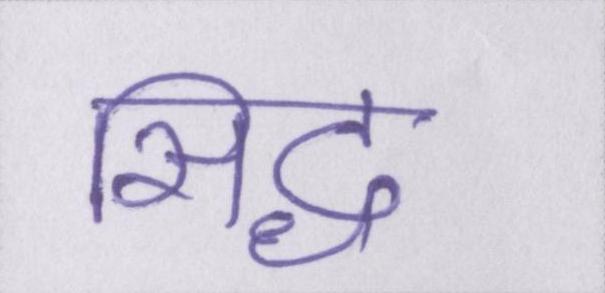
सिद्ध